Indian journal of veterinary science and animal husbandry - Volume 7,
Year: 1937
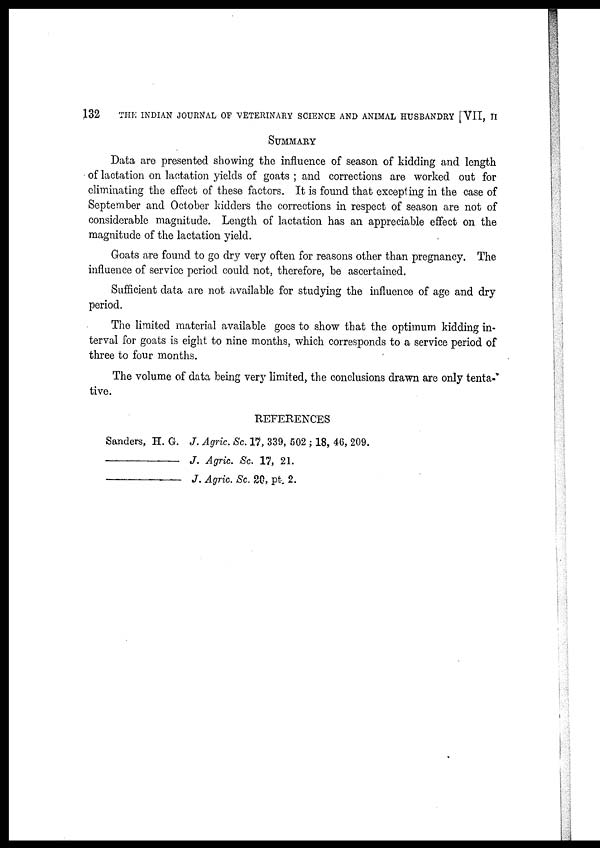
132 THE INDIAN JOURNAL OF VETERINARY SCIENCE AND ANIMAL HUSBANDRY [VII, II
SUMMARY
Data are presented showing the influence of season of kidding and length
of lactation on lactation yields of goats ; and corrections are worked out for
eliminating the effect of these factors. It is found that excepting in the case of
September and October kidders the corrections in respect of season are not of
considerable magnitude. Length of lactation has an appreciable effect on the
magnitude of the lactation yield.
Goats are found to go dry very often for reasons other than pregnancy. The
influence of service period could not, therefore, be ascertained.
Sufficient data are not available for studying the influence of age and dry
period.
The limited material available goes to show that the optimum kidding in-
terval for goats is eight to nine months, which corresponds to a service period of
three to four months.
The volume of data being very limited, the conclusions drawn are only tenta-
tive.
REFERENCES
Sanders, H. G. J. Agric. Sc. 17, 339, 502 ; 18, 46, 209.
—————
J. Agric. Sc. 17, 21.
—————
J. Agric. Sc. 20, pt. 2.